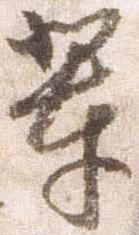
輩